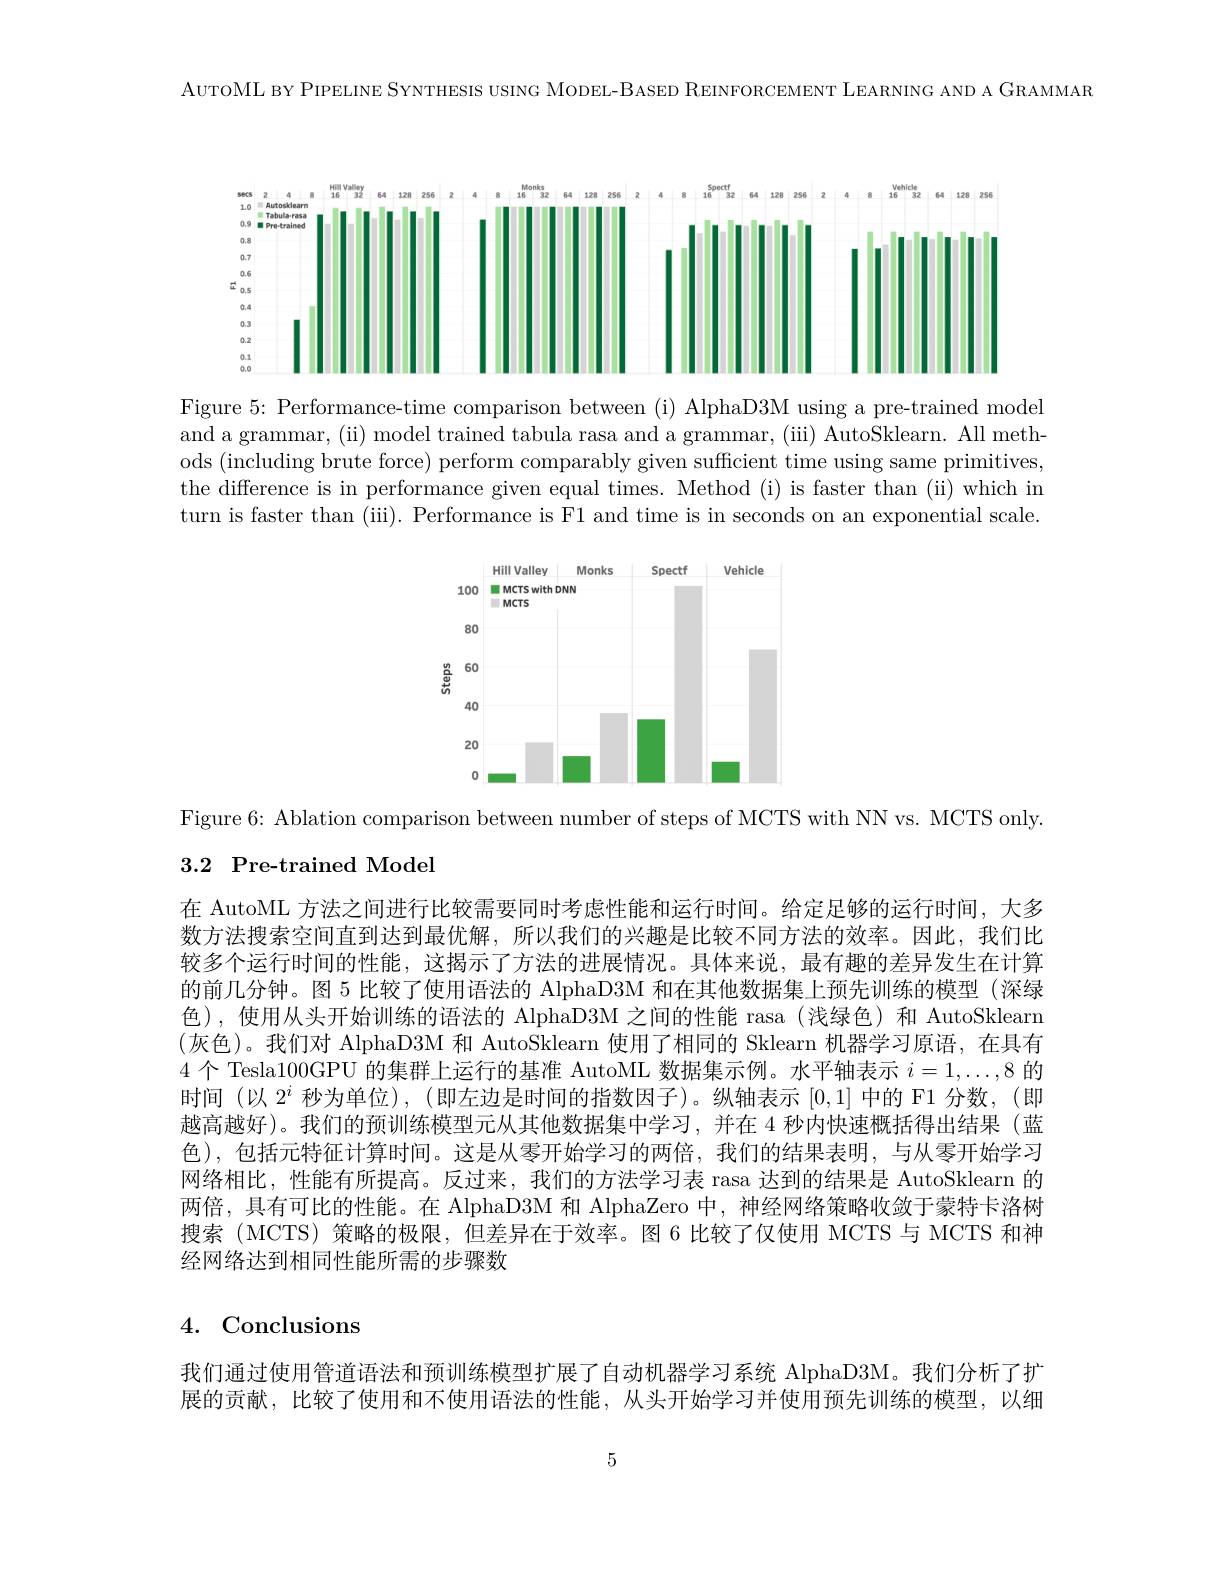
AUTOML BY PIPELINE SYNTHESIS USING MODEL-BASED REINFORCEMENT LEARNING AND A GRAMMAR

<FigureHere>

Figure 5: Performance-time comparison between (i) AlphaD3M using a pre-trained model and a grammar, (ii) model trained tabula rasa and a grammar, (iii) AutoSklearn. All methods (including brute force) perform comparably given sufficient time using same primitives, the difference is in performance given equal times. Method (i) is faster than (ii) which in turn is faster than (iii). Performance is F1 and time is in seconds on an exponential scale.

<FigureHere>

Figure 6: Ablation comparison between number of steps of MCTS with NN vs. MCTS only.

### 3.2 Pre-trained Model

在 AutoML 方法之间进行比较需要同时考虑性能和运行时间。给定足够的运行时间，大多数方法搜索空间直到达到最优解，所以我们的兴趣是比较不同方法的效率。因此，我们比较多个运行时间的性能，这揭示了方法的进展情况。具体来说，最有趣的差异发生在计算的前几分钟。图 5 比较了使用语法的 AlphaD3M 和在其他数据集上预先训练的模型 (深绿色),使用从头开始训练的语法的 AlphaD3M 之间的性能 rasa (浅绿色) 和 AutoSklearn (灰色)。我们对 AlphaD3M 和 AutoSklearn 使用了相同的 Sklearn 机器学习原语，在具有4 个 Tesla100GPU 的集群上运行的基准 AutoML 数据集示例。水平轴表示$i=1,\ldots,8$的时间(以$2^i$秒为单位),(即左边是时间的指数因子)。纵轴表示[0,1]中的 F1 分数，(即越高越好)。我们的预训练模型元从其他数据集中学习，并在 4 秒内快速概括得出结果(蓝色),包括元特征计算时间。这是从零开始学习的两倍，我们的结果表明，与从零开始学习网络相比，性能有所提高。反过来，我们的方法学习表 rasa 达到的结果是 AutoSklearn 的两倍，具有可比的性能。在 AlphaD3M 和 AlphaZero 中，神经网络策略收敛于蒙特卡洛树搜索(MCTS)策略的极限，但差异在于效率。图 6 比较了仅使用 MCTS 与 MCTS 和神经网络达到相同性能所需的步骤数

4. Conclusions

我们通过使用管道语法和预训练模型扩展了自动机器学习系统 AlphaD3M。我们分析了扩展的贡献，比较了使用和不使用语法的性能，从头开始学习并使用预先训练的模型，以细

5